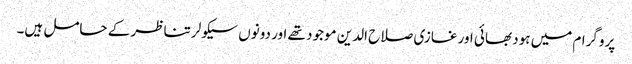
پروگرام میں ہود بھائی اور غازی صلاح الدین موجود تھے اور دونوں سیکولر تناظر کے حامل ہیں۔